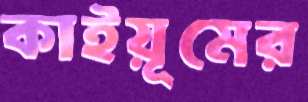
কাইয়ূমের